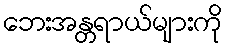
ဘေးအန္တရာယ်များကို